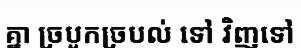
គ្នា ច្របូកច្របល់ ទៅ វិញទៅ